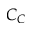
C _ { C }